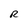
Character: R